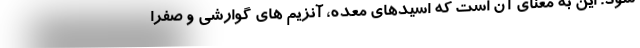
شود. این به معنای آن است که اسیدهای معده، آنزیم های گوارشی و صفرا